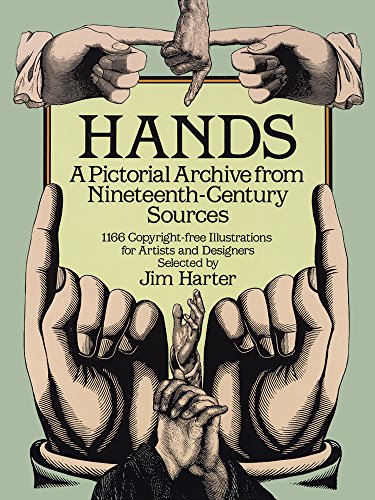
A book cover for Hands: A Pictorial Archive from Nineteenth-Century Sources (Dover Pictorial Archive); Arts & Photography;